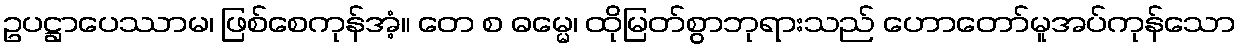
ဥပဋ္ဌာပေဿာမ၊ ဖြစ်စေကုန်အံ့။ တေ စ ဓမ္မေ၊ ထိုမြတ်စွာဘုရားသည် ဟောတော်မူအပ်ကုန်သော